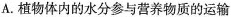
A.植物体内的水分参与营养物质的运输